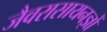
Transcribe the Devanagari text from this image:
जैवरासायनज्ञों